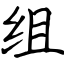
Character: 组